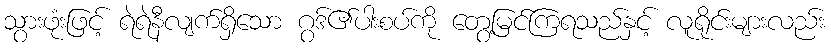
သွားဖုံးဖြင့် ရဲရဲနီလျက်ရှိသော ဂွဒ်၏ပါးစပ်ကို တွေ့မြင်ကြရသည်နှင့် လူရိုင်းများလည်း